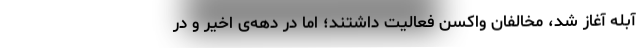
آبله آغاز شد، مخالفان واکسن فعالیت داشتند؛ اما در دهه‌ی اخیر و در